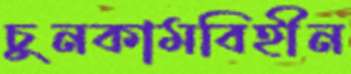
চুনকামবিহীন